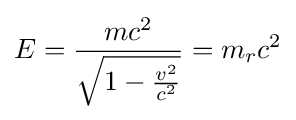
E={\frac {mc^{2}}{\sqrt {1-{\frac {v^{2}}{c^{2}}}}}}=m_{r}c^{2}